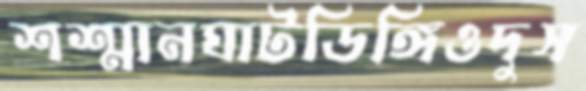
শশ্মানঘাটডিঙ্গিওদুস